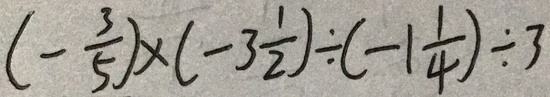
( - \frac { 3 } { 5 } ) \times ( - 3 \frac { 1 } { 2 } ) \div ( - 1 \frac { 1 } { 4 } ) \div 3